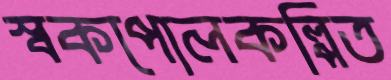
স্বকপোলকল্পিত